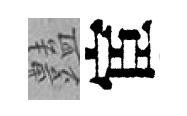
𧰟宦